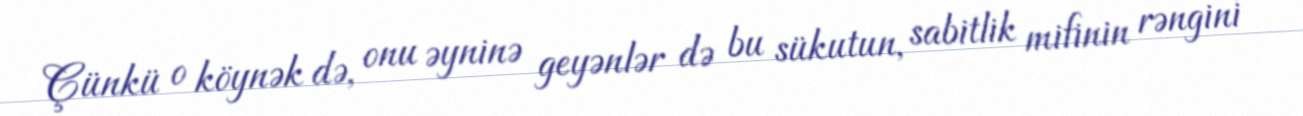
Çünkü o köynək də, onu əyninə geyənlər də bu sükutun, sabitlik mifinin rəngini